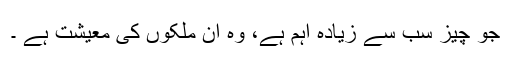
جو چیز سب سے زیادہ اہم ہے، وہ ان ملکوں کی معیشت ہے ۔